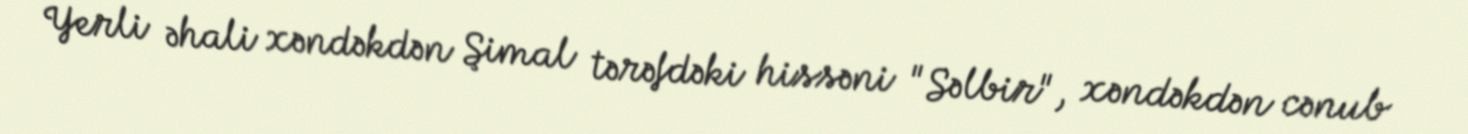
Yerli əhali xəndəkdən Şimal tərəfdəki hissəni "Səlbir", xəndəkdən cənub